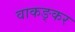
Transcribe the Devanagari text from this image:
वाकङ्कर